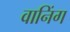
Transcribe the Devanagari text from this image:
वानिंग